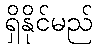
ရှိနိုင်မည်